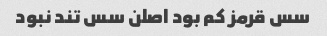
سس قرمز کم بود اصلن سس تند نبود